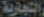
التجارية